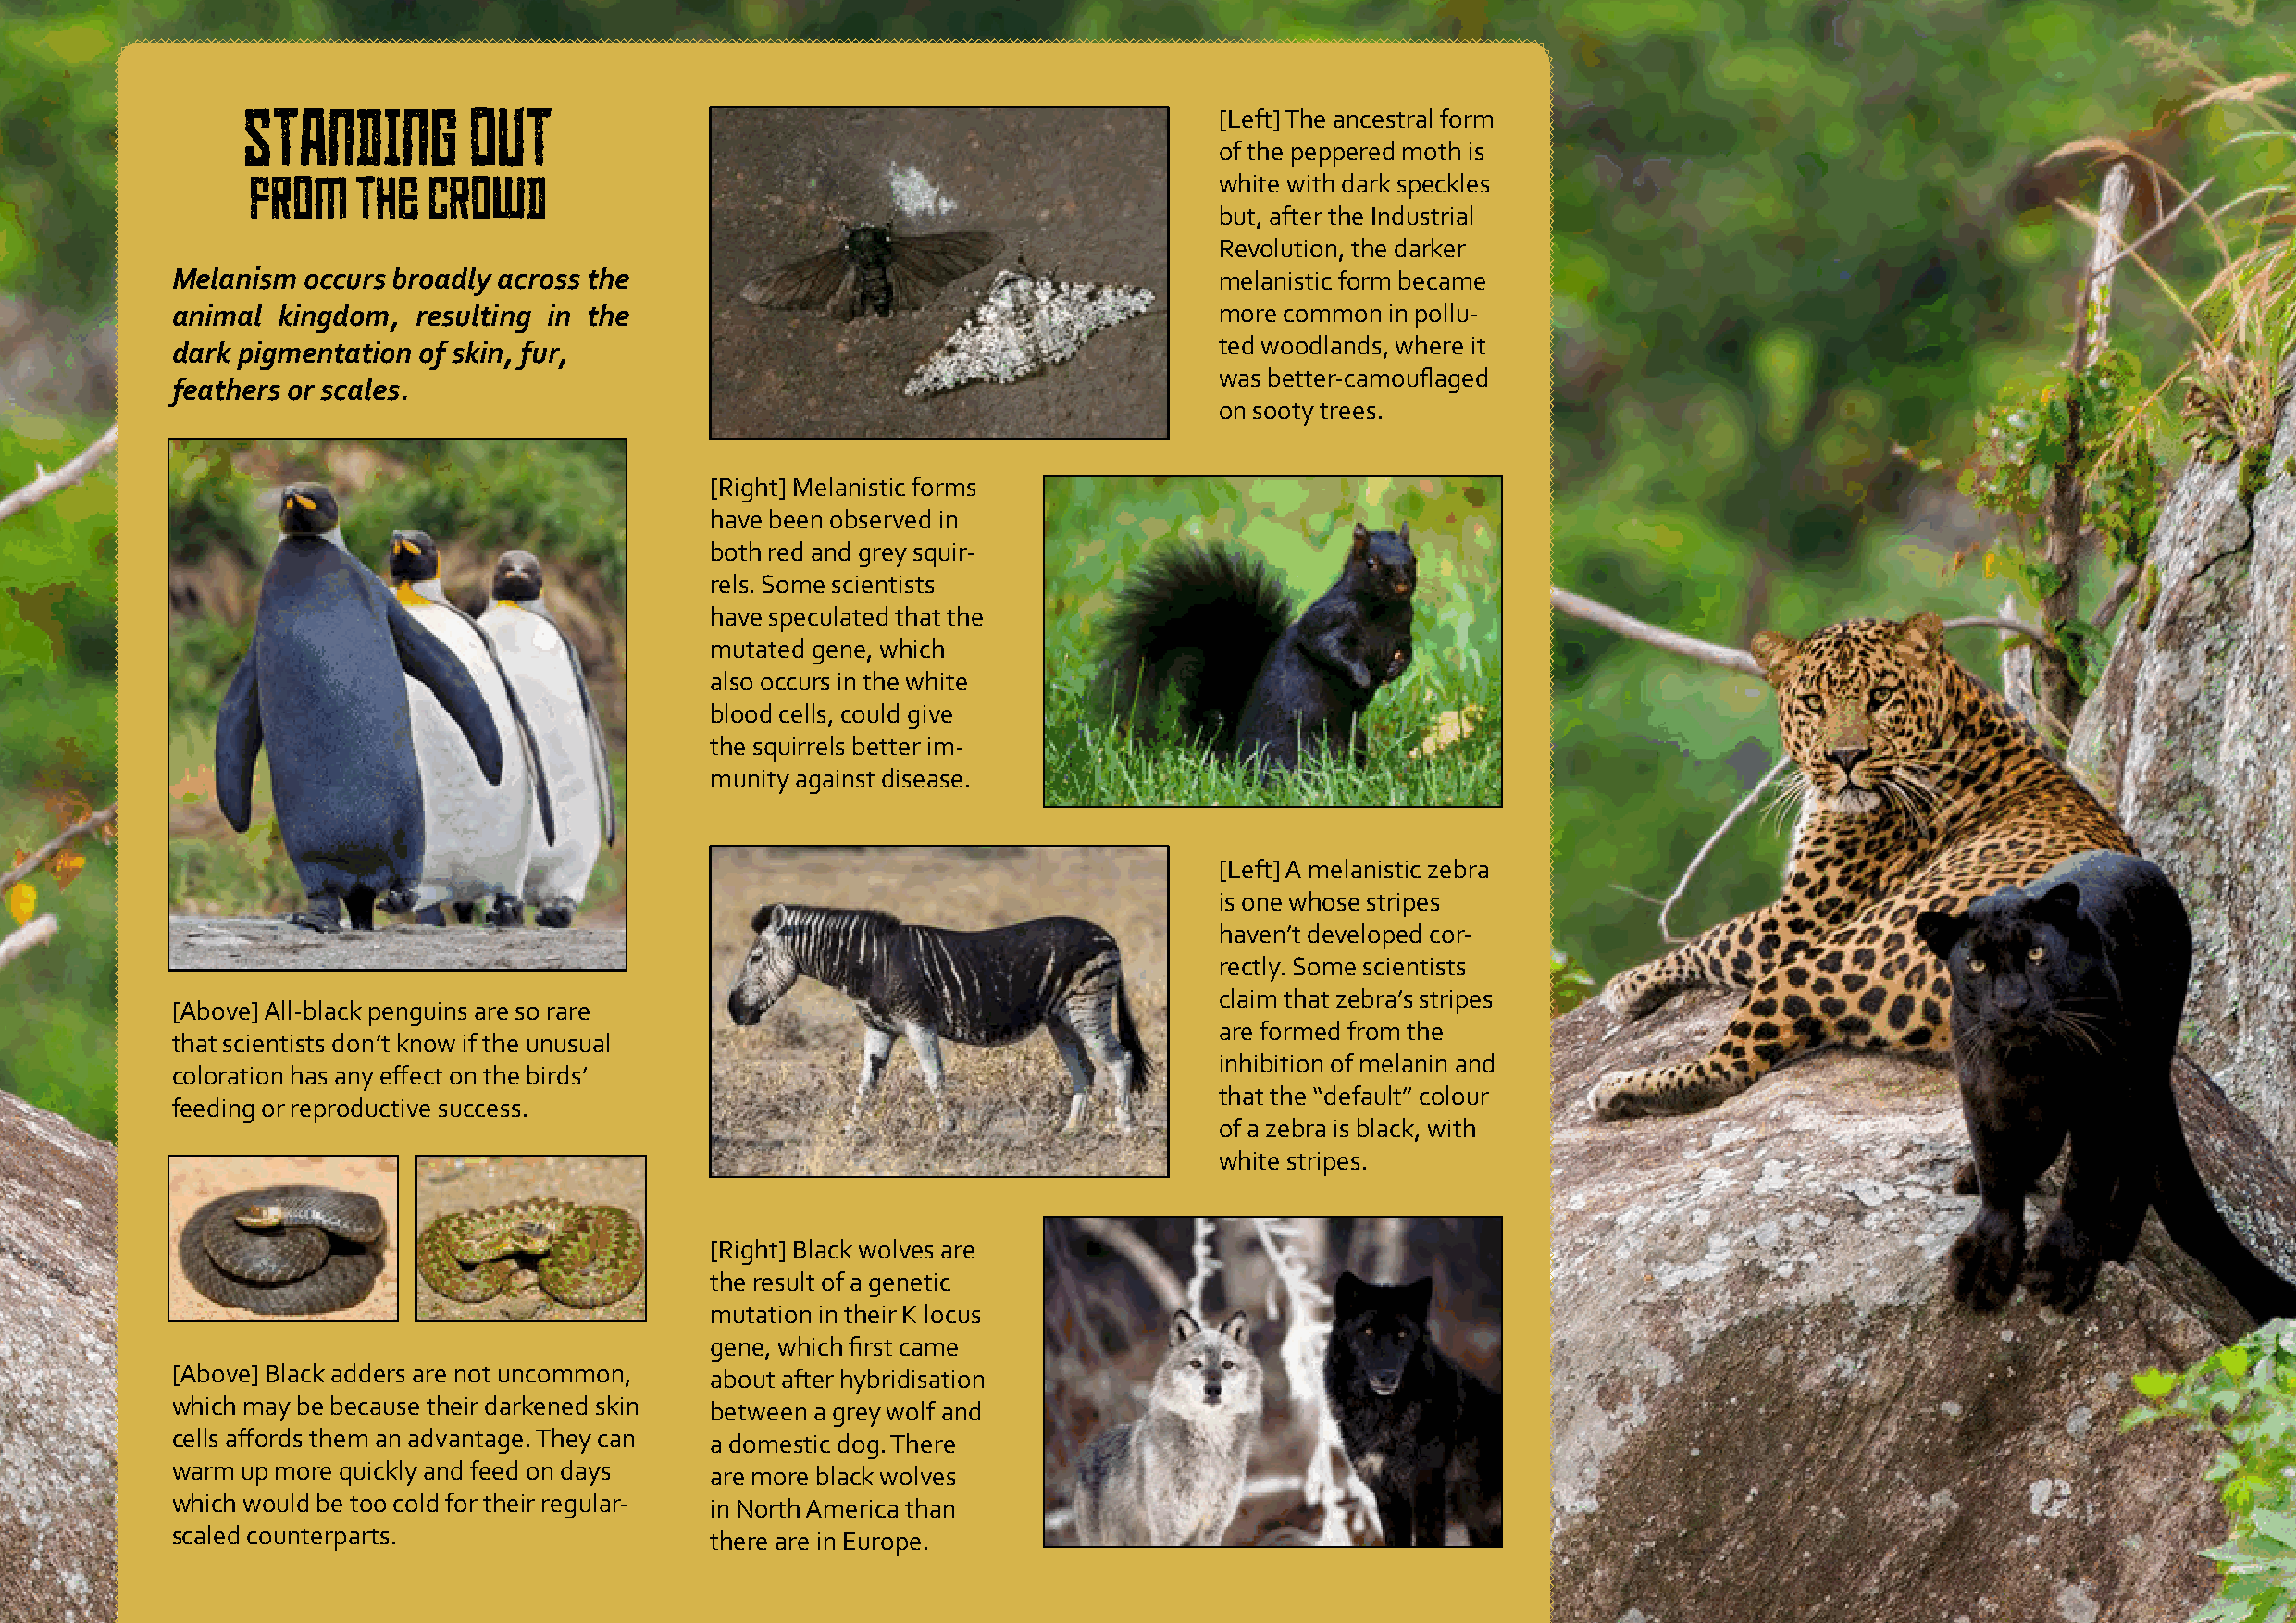
standing         out                                                  [Left] The ancestral form
 of the peppered moth is
 from   the   crowd                                                   white with dark speckles
 but, after the Industrial
 Revolution, the darker
 Melanism  occurs broadly across the                                        melanistic form became
 animal  kingdom,  resulting in the                                         more common in pollu-
 dark pigmentation of skin, fur,                                            ted woodlands, where it
 was better-camouflaged
 feathers or scales.
 on sooty trees.
 [Right] Melanistic forms
 have been observed in
 both red and grey squir-
 rels. Some scientists
 have speculated that the
 mutated gene, which
 also occurs in the white
 blood cells, could give
 the squirrels better im-
 munity against disease.
 [Left] A melanistic zebra
 is one whose stripes
 haven’t developed cor-
 rectly. Some scientists
 claim that zebra’s stripes
 [Above] All-black penguins are so rare
 are formed from the
 that scientists don’t know if the unusual
 inhibition of melanin and
 coloration has any effect on the birds’
 that the “default” colour
 feeding or reproductive success.
 of a zebra is black, with
 white stripes.
 [Right] Black wolves are
 the result of a genetic
 mutation in their K locus
 gene, which first came
 [Above] Black adders are not uncommon, about after hybridisation
 which may be because their darkened skin between a grey wolf and
 cells affords them an advantage. They can a domestic dog. There
 warm up more quickly and feed on days  are more black wolves
 which would be too cold for their regular- in North America than
 scaled counterparts.                   there are in Europe.